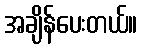
အချိန်ပေးတယ်။